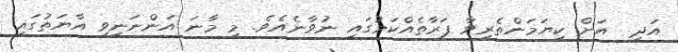
އަދި  އަށް ކިޔަމަންތެރިވާ ފަރާތެއްކަމުގައި ނުވާނެއެވެ. މި މާނަ އަންނަނިވި އާޔަތުގައި